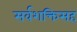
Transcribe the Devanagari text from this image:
सर्वशक्तिसह